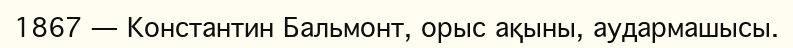
1867 — Константин Бальмонт, орыс ақыны, аудармашысы.